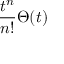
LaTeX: { \frac { t ^ { n } } { n ! } } \Theta ( t )